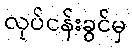
လုပ်ငန်းခွင်မှ